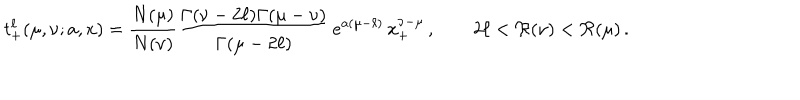
LaTeX: t _ { + } ^ { \ell } ( \mu , \nu ; a , x ) = \frac { N ( \mu ) } { N ( \nu ) } \frac { \Gamma ( \nu - 2 \ell ) \Gamma ( \mu - \nu ) } { \Gamma ( \mu - 2 \ell ) } \, e ^ { a ( \mu - \ell ) } \, x _ { + } ^ { \nu - \mu } \, , \qquad 2 \ell < \Re ( \nu ) < \Re ( \mu ) \, .